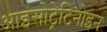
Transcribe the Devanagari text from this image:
आइसोट्रेटिनोइन